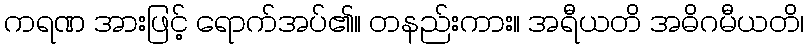
ကရဏ အားဖြင့် ရောက်အပ်၏။ တနည်းကား။ အရီယတိ အဓိဂမီယတိ၊